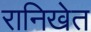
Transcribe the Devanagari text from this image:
रानिखेत